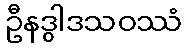
ဦနဒွါဒသဝဿံ